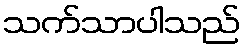
သက်သာပါသည်